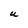
Character: U